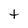
Character: t